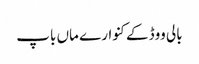
بالی ووڈ کے کنوارے ماں باپ